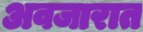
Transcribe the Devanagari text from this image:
अवजारात